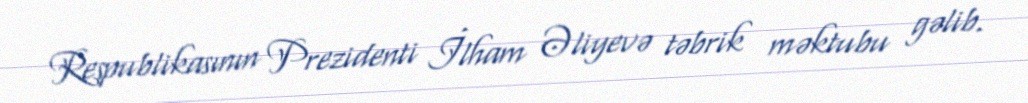
Respublikasının Prezidenti İlham Əliyevə təbrik məktubu gəlib.